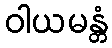
ဝါယမန္တံ